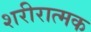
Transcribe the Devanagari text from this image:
शरीरात्मक